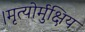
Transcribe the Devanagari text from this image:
।मृत्योर्मुक्षिय